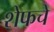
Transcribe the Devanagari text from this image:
शेफचे